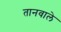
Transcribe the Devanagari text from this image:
तानवाले